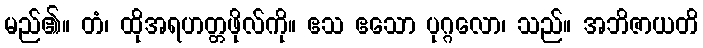
မည်၏။ တံ၊ ထိုအရဟတ္တဖိုလ်ကို။ ဧသ ဧသော ပုဂ္ဂလော၊ သည်။ အဘိဇာယတိ